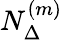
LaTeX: N_{\Delta}^{(m)}